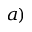
^ { a ) }